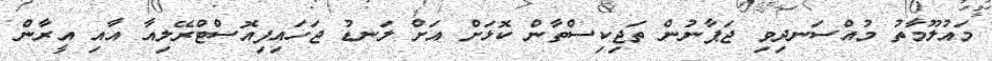
މައުލޫމާތު މުއްސަނދިވި ޖަޕާނުން ތަޖިކިސްތާން ކޮޅަށް އަށް ލަނޑު ޖަހައިފިއޮސްޓްރޭލިއާ އާއި އީރާން